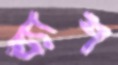
ব্যাশ